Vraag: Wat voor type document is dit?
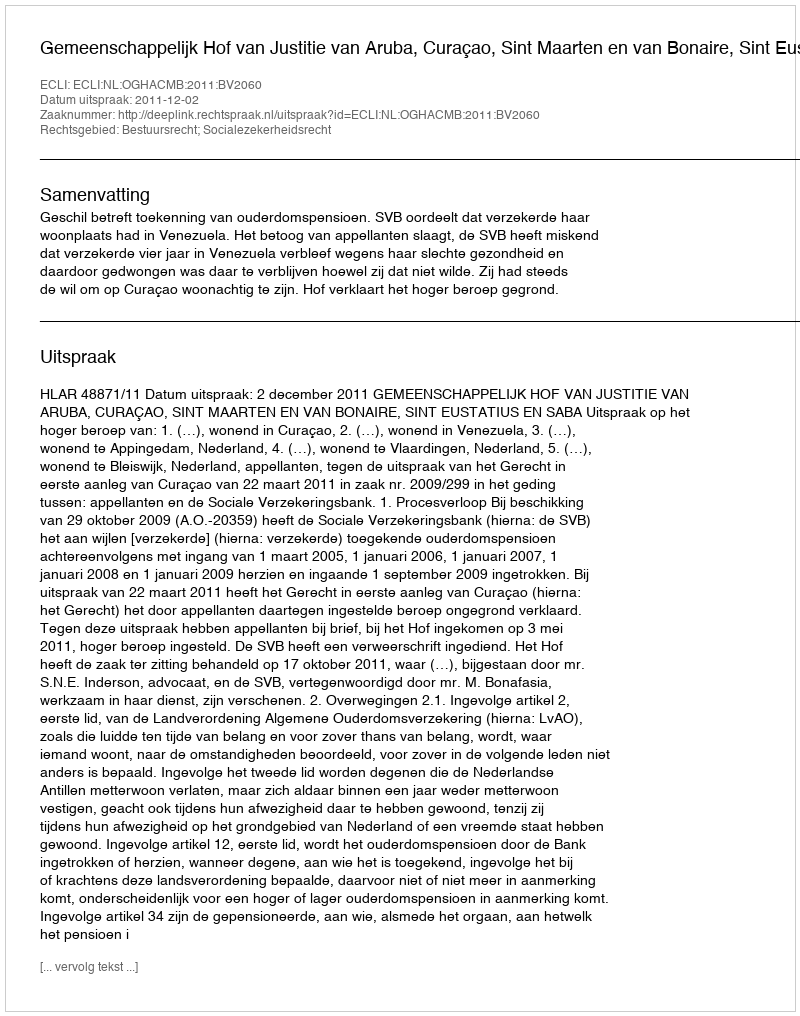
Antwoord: Uitspraak